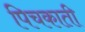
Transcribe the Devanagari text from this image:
पिचकाती